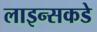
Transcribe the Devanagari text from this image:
लाइन्सकडे